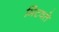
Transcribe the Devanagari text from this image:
मिटवते